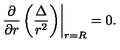
\left. \frac { \partial } { \partial r } \left( \frac { \Delta } { r ^ { 2 } } \right) \right| _ { r = R } = 0 .